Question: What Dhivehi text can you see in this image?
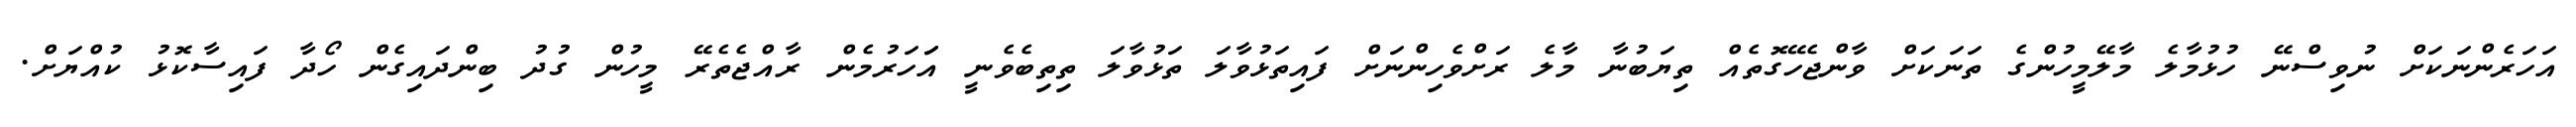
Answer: އަހަރެންނަކަށް ނުވިސްނޭ ހުޅުމާލެ މާލޭމީހުންގެ ތަނަކަށް ވާންޖެހޭގޮތެއް ތިޔަބުނާ މާލެ ރަށްވެހިންނަށް ފައިތަޅުވާލަ ތަޅުވާލަ ތިތިބެވެނީ އަަހަރުމެން ރާއްޖެތެރޭ މީހުން ގުދު ބިންދައިގެން ހޯދާ ފައިސާކޮޅު ކުއްޔަށް.